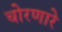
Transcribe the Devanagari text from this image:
चोरणारे